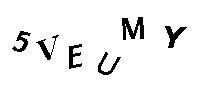
5VEUMY